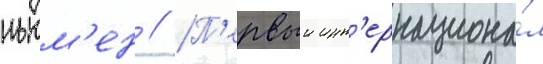
ньюм'ен // П'ервыи инт'ернациона́л